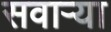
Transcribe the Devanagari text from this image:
सवाऱ्या